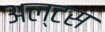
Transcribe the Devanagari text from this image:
अल्टस